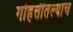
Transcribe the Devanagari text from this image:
गोहत्तीतल्याच